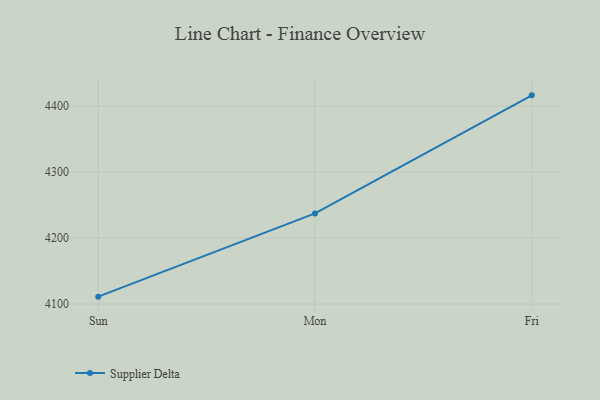
{"axis": {"x": "Day", "y": "Website Visitors"}, "legend": ["Supplier Delta"], "data": [{"x": "Sun", "y": 4111.2, "type": "Supplier Delta"}, {"x": "Mon", "y": 4237.3, "type": "Supplier Delta"}, {"x": "Fri", "y": 4416.1, "type": "Supplier Delta"}]}